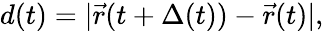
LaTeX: d(t)=|\vec{r}(t+\Delta(t))-\vec{r}(t)|,